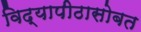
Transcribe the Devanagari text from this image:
विद्यापीठासोबत